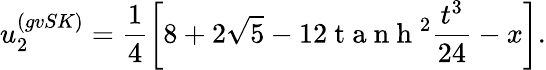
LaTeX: u_{2}^{(gvSK)}=\frac{1}{4}\left[8+2\sqrt{5}-12\mathrm{~t~a~n~h~}^{2}{\frac{t^{3}}{24}-x}\right].